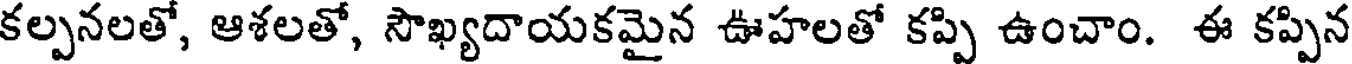
కల్పనలతో, ఆశలతో, సౌఖ్యదాయకమైన ఊహలతో కప్పి ఉంచాం. ఈ కప్పిన